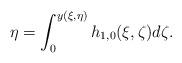
LaTeX: \begin{align*}\displaystyle \eta=\int_0^{y(\xi,\eta)}h_{1,0}(\xi,\zeta)d\zeta.\end{align*}